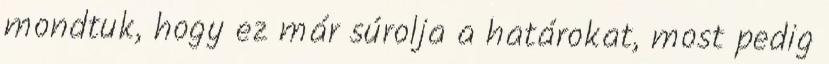
mondtuk, hogy ez már súrolja a határokat, most pedig